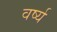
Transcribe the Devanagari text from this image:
वर्ष्य